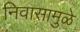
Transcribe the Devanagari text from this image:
निवासामुळे